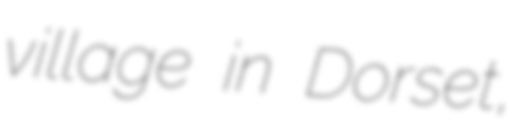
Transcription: village in Dorset,